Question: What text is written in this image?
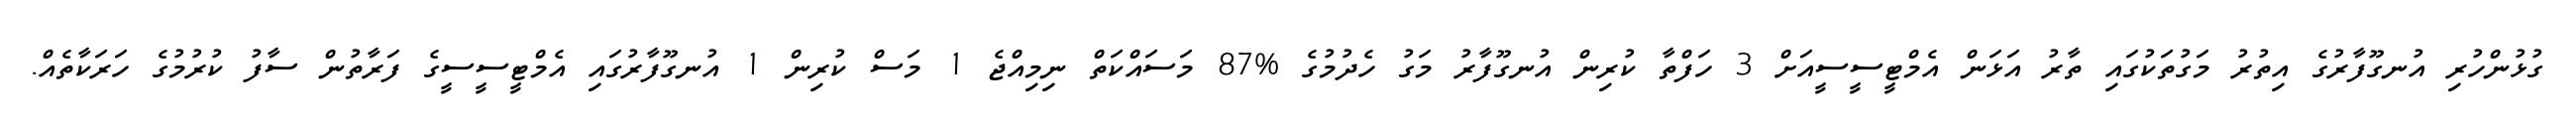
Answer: ގުޅުންހުރި އުނގޫފާރުގެ އިތުރު މަގުތަކުގައި ތާރު އަޅަން އެމްޓީސީސީއަށް 3 ހަފްތާ ކުރިން އުނގޫފާރު މަގު ހެދުމުގެ %87 މަސައްކަތް ނިމިއްޖެ 1 މަސް ކުރިން 1 އުނގޫފާރުގައި އެމްޓީސީސީގެ ފަރާތުން ސާފު ކުރުމުގެ ހަރަކާތެއް.